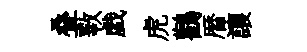
叠斁戯虎鸛暦讓